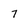
Character: 7